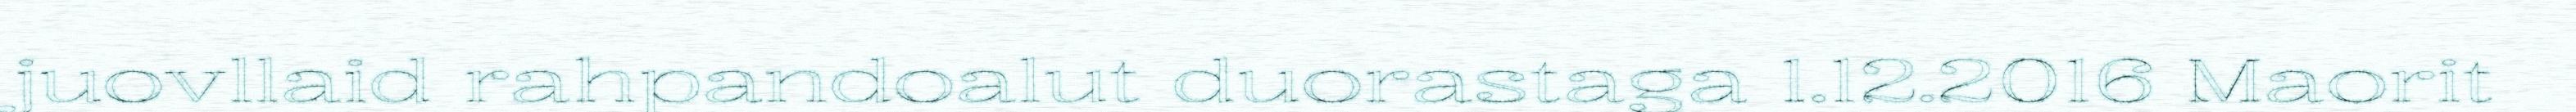
juovllaid rahpandoalut duorastaga 1.12.2016 Maorit